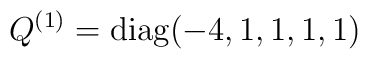
Q^{(1)} = {\rm diag}(-4,1,1,1,1)